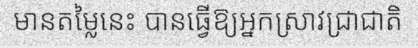
មានតម្លៃនេះ បានធ្វើឱ្យអ្នកស្រាវជ្រាជាតិ